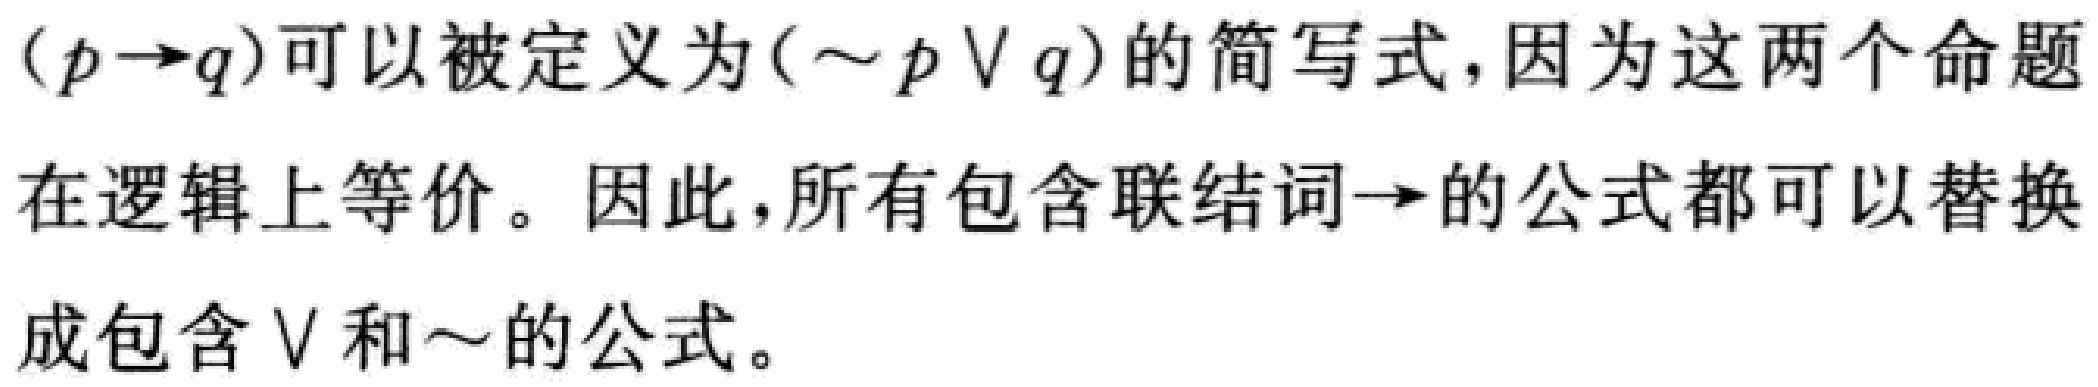
\((p\rightarrow q)\)可以被定义为\((\sim p\vee q)\)的简写式，因为这两个命题在逻辑上等价。因此，所有包含联结词\(\rightarrow\)的公式都可以替换成包含\(\vee\)和\(\sim\)的公式。